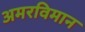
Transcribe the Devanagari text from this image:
अमरविमान